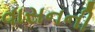
વાસનની